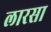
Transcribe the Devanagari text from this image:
लारसा